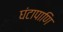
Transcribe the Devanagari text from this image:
घंटापाणि